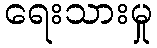
ရေးသားမှု